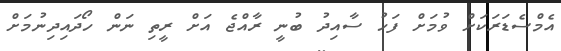
އެމްސެޑަރަކަށް ވުމަށް ފަހު ސާއިދު ބުނީ ރާއްޖެ އަށް ރީތި ނަން ހޯދައިދިނުމަށް